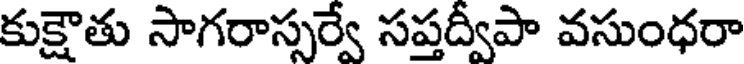
కుక్షౌతు సాగరాస్సర్వే సప్తద్వీపా వసుంధరా